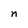
Character: n